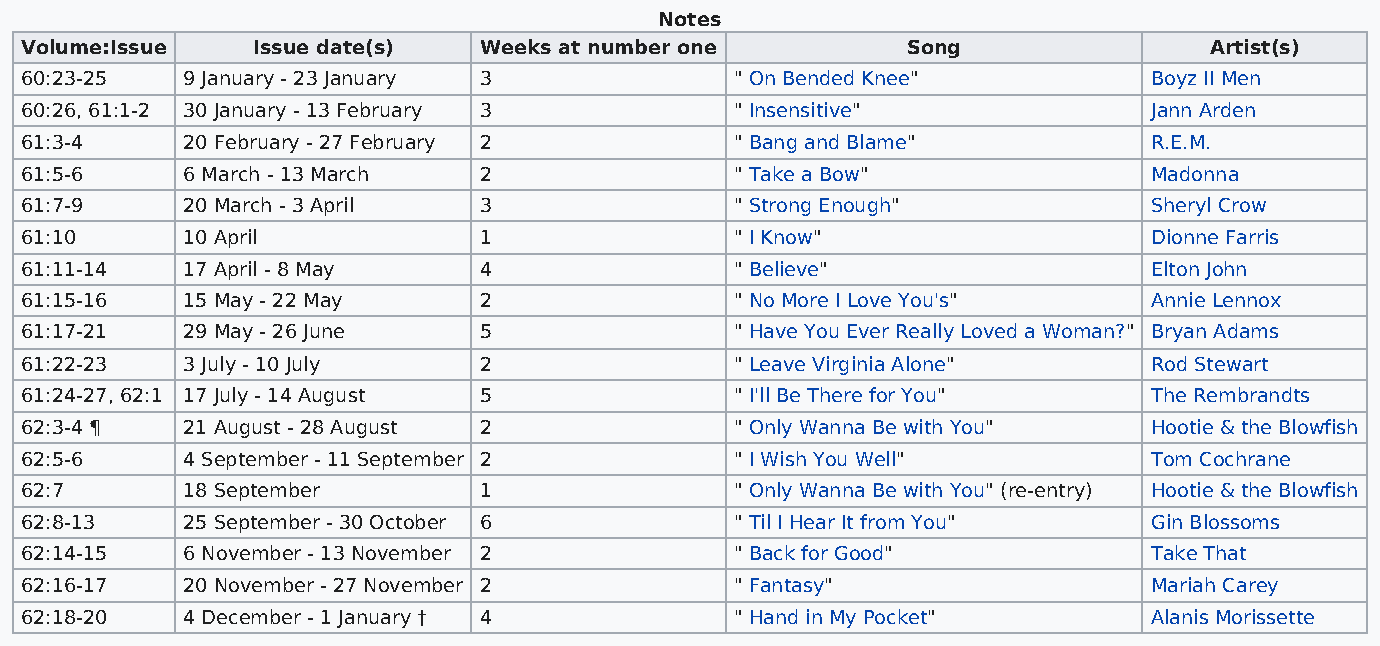
Notes
 Volume:Issue    Issue date(s)  Weeks at number one         Song                Artist(s)
 60:23-25   9 January - 23 January 3             " On Bended Knee"          Boyz II Men
 60:26, 61:1-2 30 January - 13 February 3        " Insensitive"             Jann Arden
 61:3-4     20 February - 27 February 2          " Bang and Blame"          R.E.M.
 61:5-6     6 March - 13 March  2                " Take a Bow"              Madonna
 61:7-9     20 March - 3 April  3                " Strong Enough"           Sheryl Crow
 61:10      10 April            1                " I Know"                  Dionne Farris
 61:11-14   17 April - 8 May    4                " Believe"                 Elton John
 61:15-16   15 May - 22 May     2                " No More I Love You's"    Annie Lennox
 61:17-21   29 May - 26 June    5                " Have You Ever Really Loved a Woman?" Bryan Adams
 61:22-23   3 July - 10 July    2                " Leave Virginia Alone"    Rod Stewart
 61:24-27, 62:1 17 July - 14 August 5            " I'll Be There for You"   The Rembrandts
 62:3-4 ¶   21 August - 28 August 2              " Only Wanna Be with You"  Hootie & the Blowfish
 62:5-6     4 September - 11 September 2         " I Wish You Well"         Tom Cochrane
 62:7       18 September        1                " Only Wanna Be with You" (re-entry) Hootie & the Blowfish
 62:8-13    25 September - 30 October 6          " Til I Hear It from You"  Gin Blossoms
 62:14-15   6 November - 13 November 2           " Back for Good"           Take That
 62:16-17   20 November - 27 November 2          " Fantasy"                 Mariah Carey
 62:18-20   4 December - 1 January † 4           " Hand in My Pocket"       Alanis Morissette